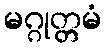
မဂ္ဂုတ္တမံ